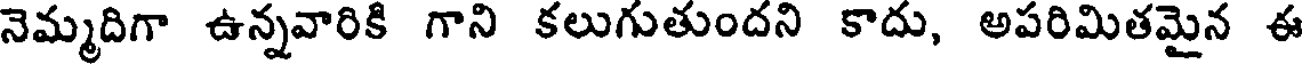
నెమ్మదిగా ఉన్నవారికి గాని కలుగుతుందని కాదు, అపరిమితమైన ఈ